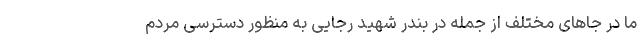
ما در جا‌های مختلف از جمله در بندر شهید رجایی به منظور دسترسی مردم